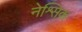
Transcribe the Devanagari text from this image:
नेश्र्सिक